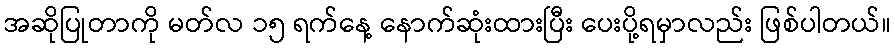
အဆိုပြုတာကို မတ်လ ၁၅ ရက်နေ့ နောက်ဆုံးထားပြီး ပေးပို့ရမှာလည်း ဖြစ်ပါတယ်။